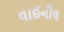
વાઈનીલ